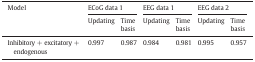
<table><thead><tr><td><b>Model</b></td><td colspan="2"><b>ECoG data 1</b></td><td colspan="2"><b>EEG data 1</b></td><td colspan="2"><b>EEG data 2</b></td></tr><tr><td></td><td><b>Updating</b></td><td><b>Time basis</b></td><td><b>Updating</b></td><td><b>Time basis</b></td><td><b>Updating</b></td><td><b>Time basis</b></td></tr></thead><tbody><tr><td>Inhibitory + excitatory + endogenous</td><td>0.997</td><td>0.987</td><td>0.984</td><td>0.981</td><td>0.995</td><td>0.957</td></tr></tbody></table>